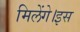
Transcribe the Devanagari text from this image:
मिलेंगे।इस